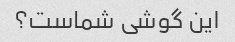
این گوشی شماست؟